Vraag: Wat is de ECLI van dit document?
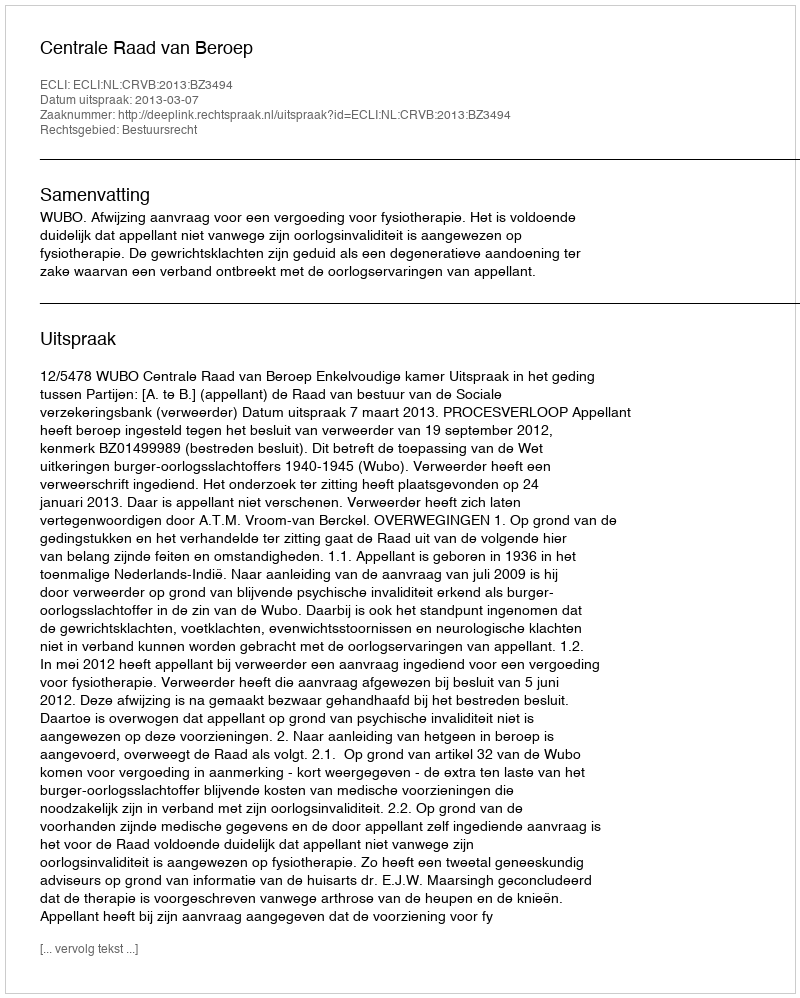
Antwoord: ECLI:NL:CRVB:2013:BZ3494